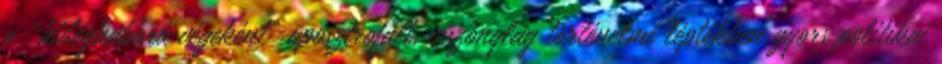
a „hidegháború végeként” aposztrofált, viszonylag történelmi léptékben gyors politikai